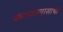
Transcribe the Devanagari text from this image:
करणार्‍यासाथी